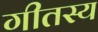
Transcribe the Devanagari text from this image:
गीतस्य